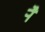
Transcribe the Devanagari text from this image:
र्‍ाै